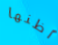
اظنها